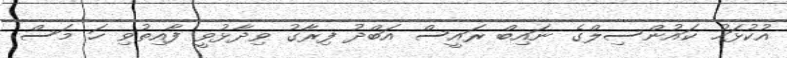
އުކުޅަހު ކައުންސިލްގެ ނައިބް ރައީސް އަބްދު ފިރާގު ވިދާޅުވީ ފާއިތުވި ހަ މަސް